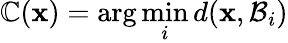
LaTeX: \mathbb{C}(\mathbf{{x}})=\arg\operatorname*{min}_{i}d(\mathbf{{x}},\mathcal{{B}}_{i})